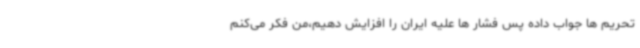
تحریم ها جواب داده پس فشار ها علیه ایران را افزایش دهیم،من فکر می‌کنم